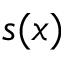
s ( x )